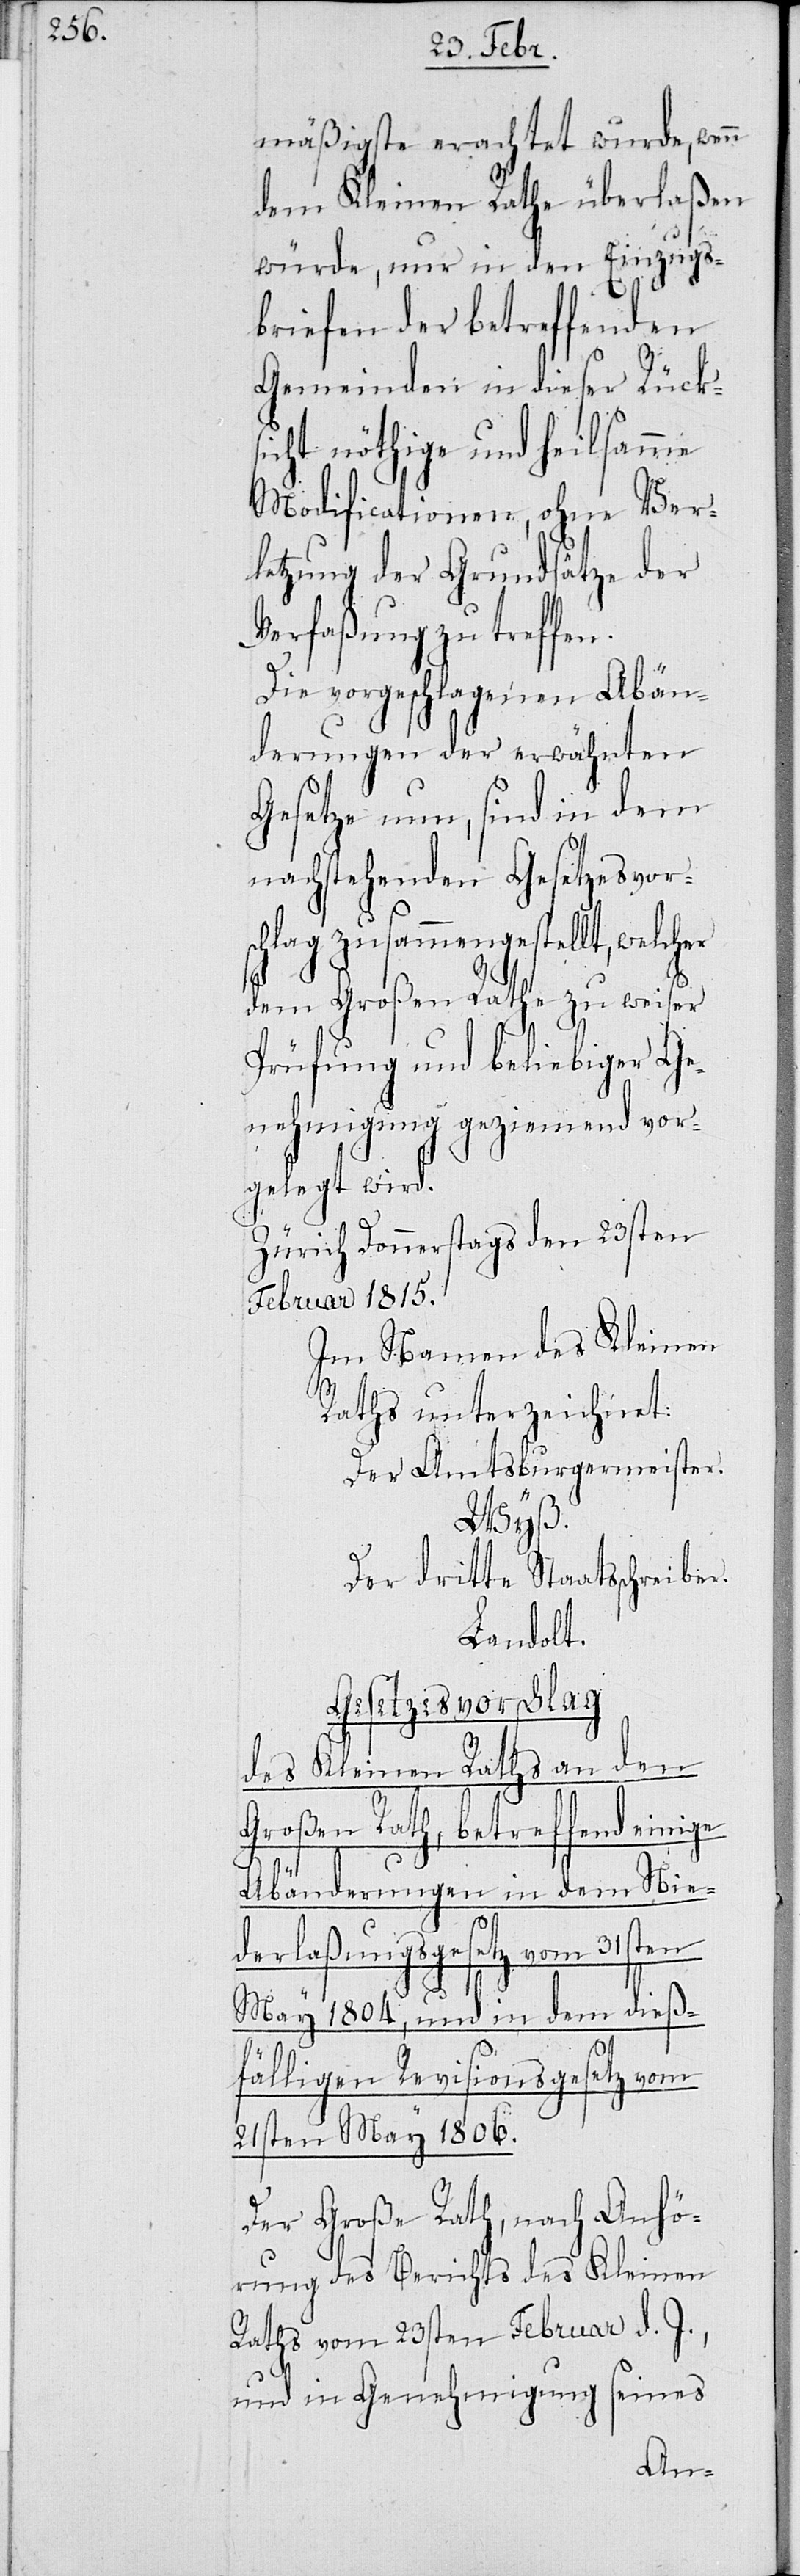
mäßigste erachtet wurde, wenn
dem Kleinen Rath überlaßen
würde, nur in den Einzugs¬
briefen der einzelnen
Gemeinden in dieser Rück¬
sicht nöthige und heilsamme
Modificationen, ohne Ver¬
letzung der Grundsätze der
Verfaßung zu treffen.
Die vorgeschlagenen Abän¬
derungen der erwähnten
Gesetze nun, sind in dem
nachfolgenden Gesetzesvor¬
schlag zusammengestellt, welcher
dem Großen Rath zu weiser
Prüfung und beliebiger Ge¬
nehmigung geziemend vor¬
gelegt wird.
Zürich, Donnerstags den 23sten
Februar 1815.
Im Namen des Kleinen
Raths unterzeichnet:
Der Amtsburgermeister.
Wyß.
Der dritte Staatsschreiber.
Landolt.
Gesetzesvorschlag
des Kleinen Raths an den
Großen Rath, betreffend einige
dieß¬
Abänderungen in dem Nie¬
derlaßungsgesetz vom 31sten
fälligen Revisionsgesetz vom
21sten May 1806.
Der Große Rath, nach Anhö¬
rung des Berichts des Kleinen
Raths vom 23sten Februar d. J.,
und in Genehmigung seines